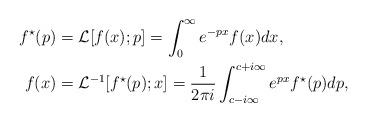
\begin{align*}f^{\star} (p) &= \mathcal{L}[f (x); p] = \int_{0}^{\infty} e^{-p x} f (x) dx, \\ f (x) &= \mathcal{L}^{-1}[f^{\star} (p); x] = \frac{1}{2\pi i} \int_{c-i \infty}^{c+i \infty}e^{p x} f^{\star} (p) dp,\end{align*}